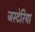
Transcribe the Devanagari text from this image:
जस्टेरिया